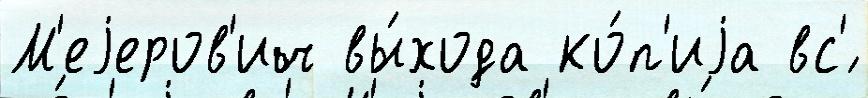
М'еjеров'ич вы́хода ко́п'иjа вс'́